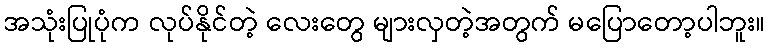
အသုံးပြုပုံက လုပ်နိုင်တဲ့ လေးတွေ များလှတဲ့အတွက် မပြောတော့ပါဘူး။